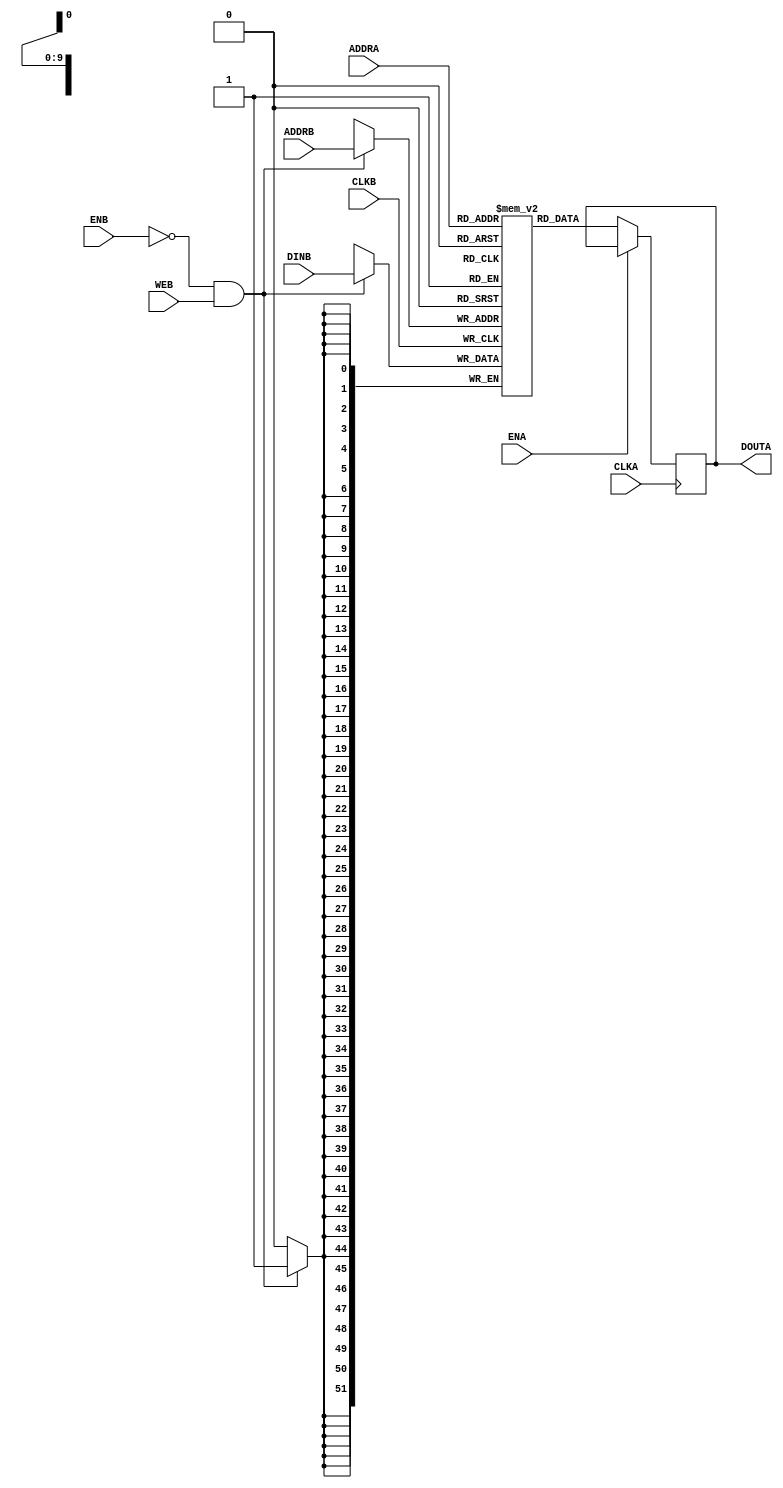
module sram2p768x52 (                             
        CLKA,
        CLKB,                                       
        ADDRA,
        ADDRB,
        DINB,
        DOUTA,                                         
        ENA,                                       
        ENB,                                       
        WEB                                        
);                                             
                                               
input       CLKA;
input       CLKB;                               
input [9:0] ADDRA;
input [9:0] ADDRB;                                 
input [51:0] DINB;
                                               
input ENA;                                     
input ENB;
input WEB;                                     
                                               
output [51:0] DOUTA;                                
reg [51:0] DOUTA;                                   
/*********************************************/
/* this part should be replaced by ASIC sram */
reg [51:0] mem [0:767];                         
always @ ( posedge CLKB )                       
                 if(~ENB && WEB)                      
                                        mem[ADDRB] <= #1 DINB;            
                                               
always @ ( posedge CLKA )                       
                if(~ENA)                        
                                        DOUTA <= #1 mem[ADDRA];            
/*********************************************/
                                                               
endmodule